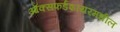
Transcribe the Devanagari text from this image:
ऑक्सफर्डशायरमधील